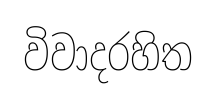
විවාදරහිත